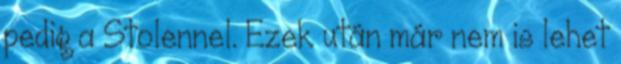
pedig a Stolennel. Ezek után már nem is lehet